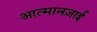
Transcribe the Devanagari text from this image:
आत्मानज़ाई